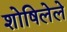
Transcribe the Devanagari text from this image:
शोषिलेले